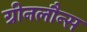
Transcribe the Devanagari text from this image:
ग्रीनलौन्स